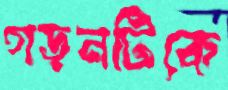
গড়নটিকে